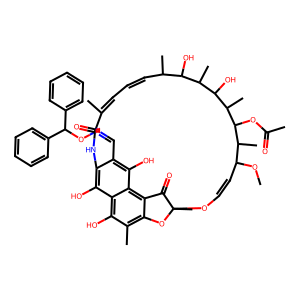
SMILES: COC1C=COC2(C)Oc3c(C)c(O)c4c(O)c(c(C=NOC(c5ccccc5)c5ccccc5)c(O)c4c3C2=O)NC(=O)C(C)=CC=CC(C)C(O)C(C)C(O)C(C)C(OC(C)=O)C1C
Inhibits HIV replication: No